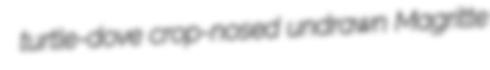
turtle-dove crop-nosed undrawn Magritte